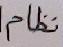
نظام